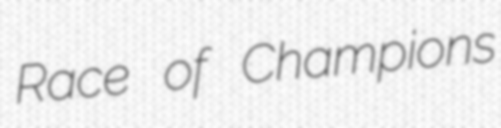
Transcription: Race of Champions